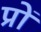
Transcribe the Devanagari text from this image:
प्रों